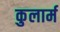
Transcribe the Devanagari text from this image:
कुलार्म